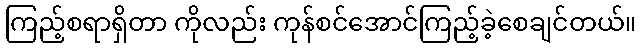
ကြည့်စရာရှိတာ ကိုလည်း ကုန်စင်အောင်ကြည့်ခဲ့စေချင်တယ်။